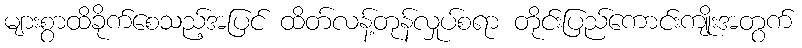
များစွာထိခိုက်စေသည့်အပြင် ထိတ်လန့်တုန်လှုပ်စရာ တိုင်းပြည်ကောင်းကျိုးအတွက်